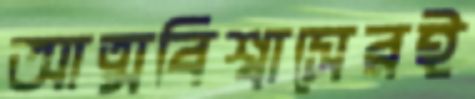
আত্মবিশ্বাসেরই